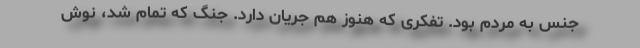
جنس به مردم بود. تفکری که هنوز هم جریان دارد. جنگ که تمام شد، نوش